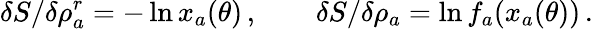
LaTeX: \delta S/\delta\rho_{a}^{r}=-\ln x_{a}(\theta)\, ,\qquad\delta S/\delta\rho_{a}=\ln f_{a}(x_{a}(\theta))\, .